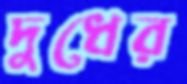
দুধের